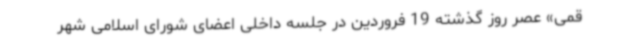
قمی» عصر روز گذشته 19 فروردین در جلسه داخلی اعضای شورای اسلامی شهر